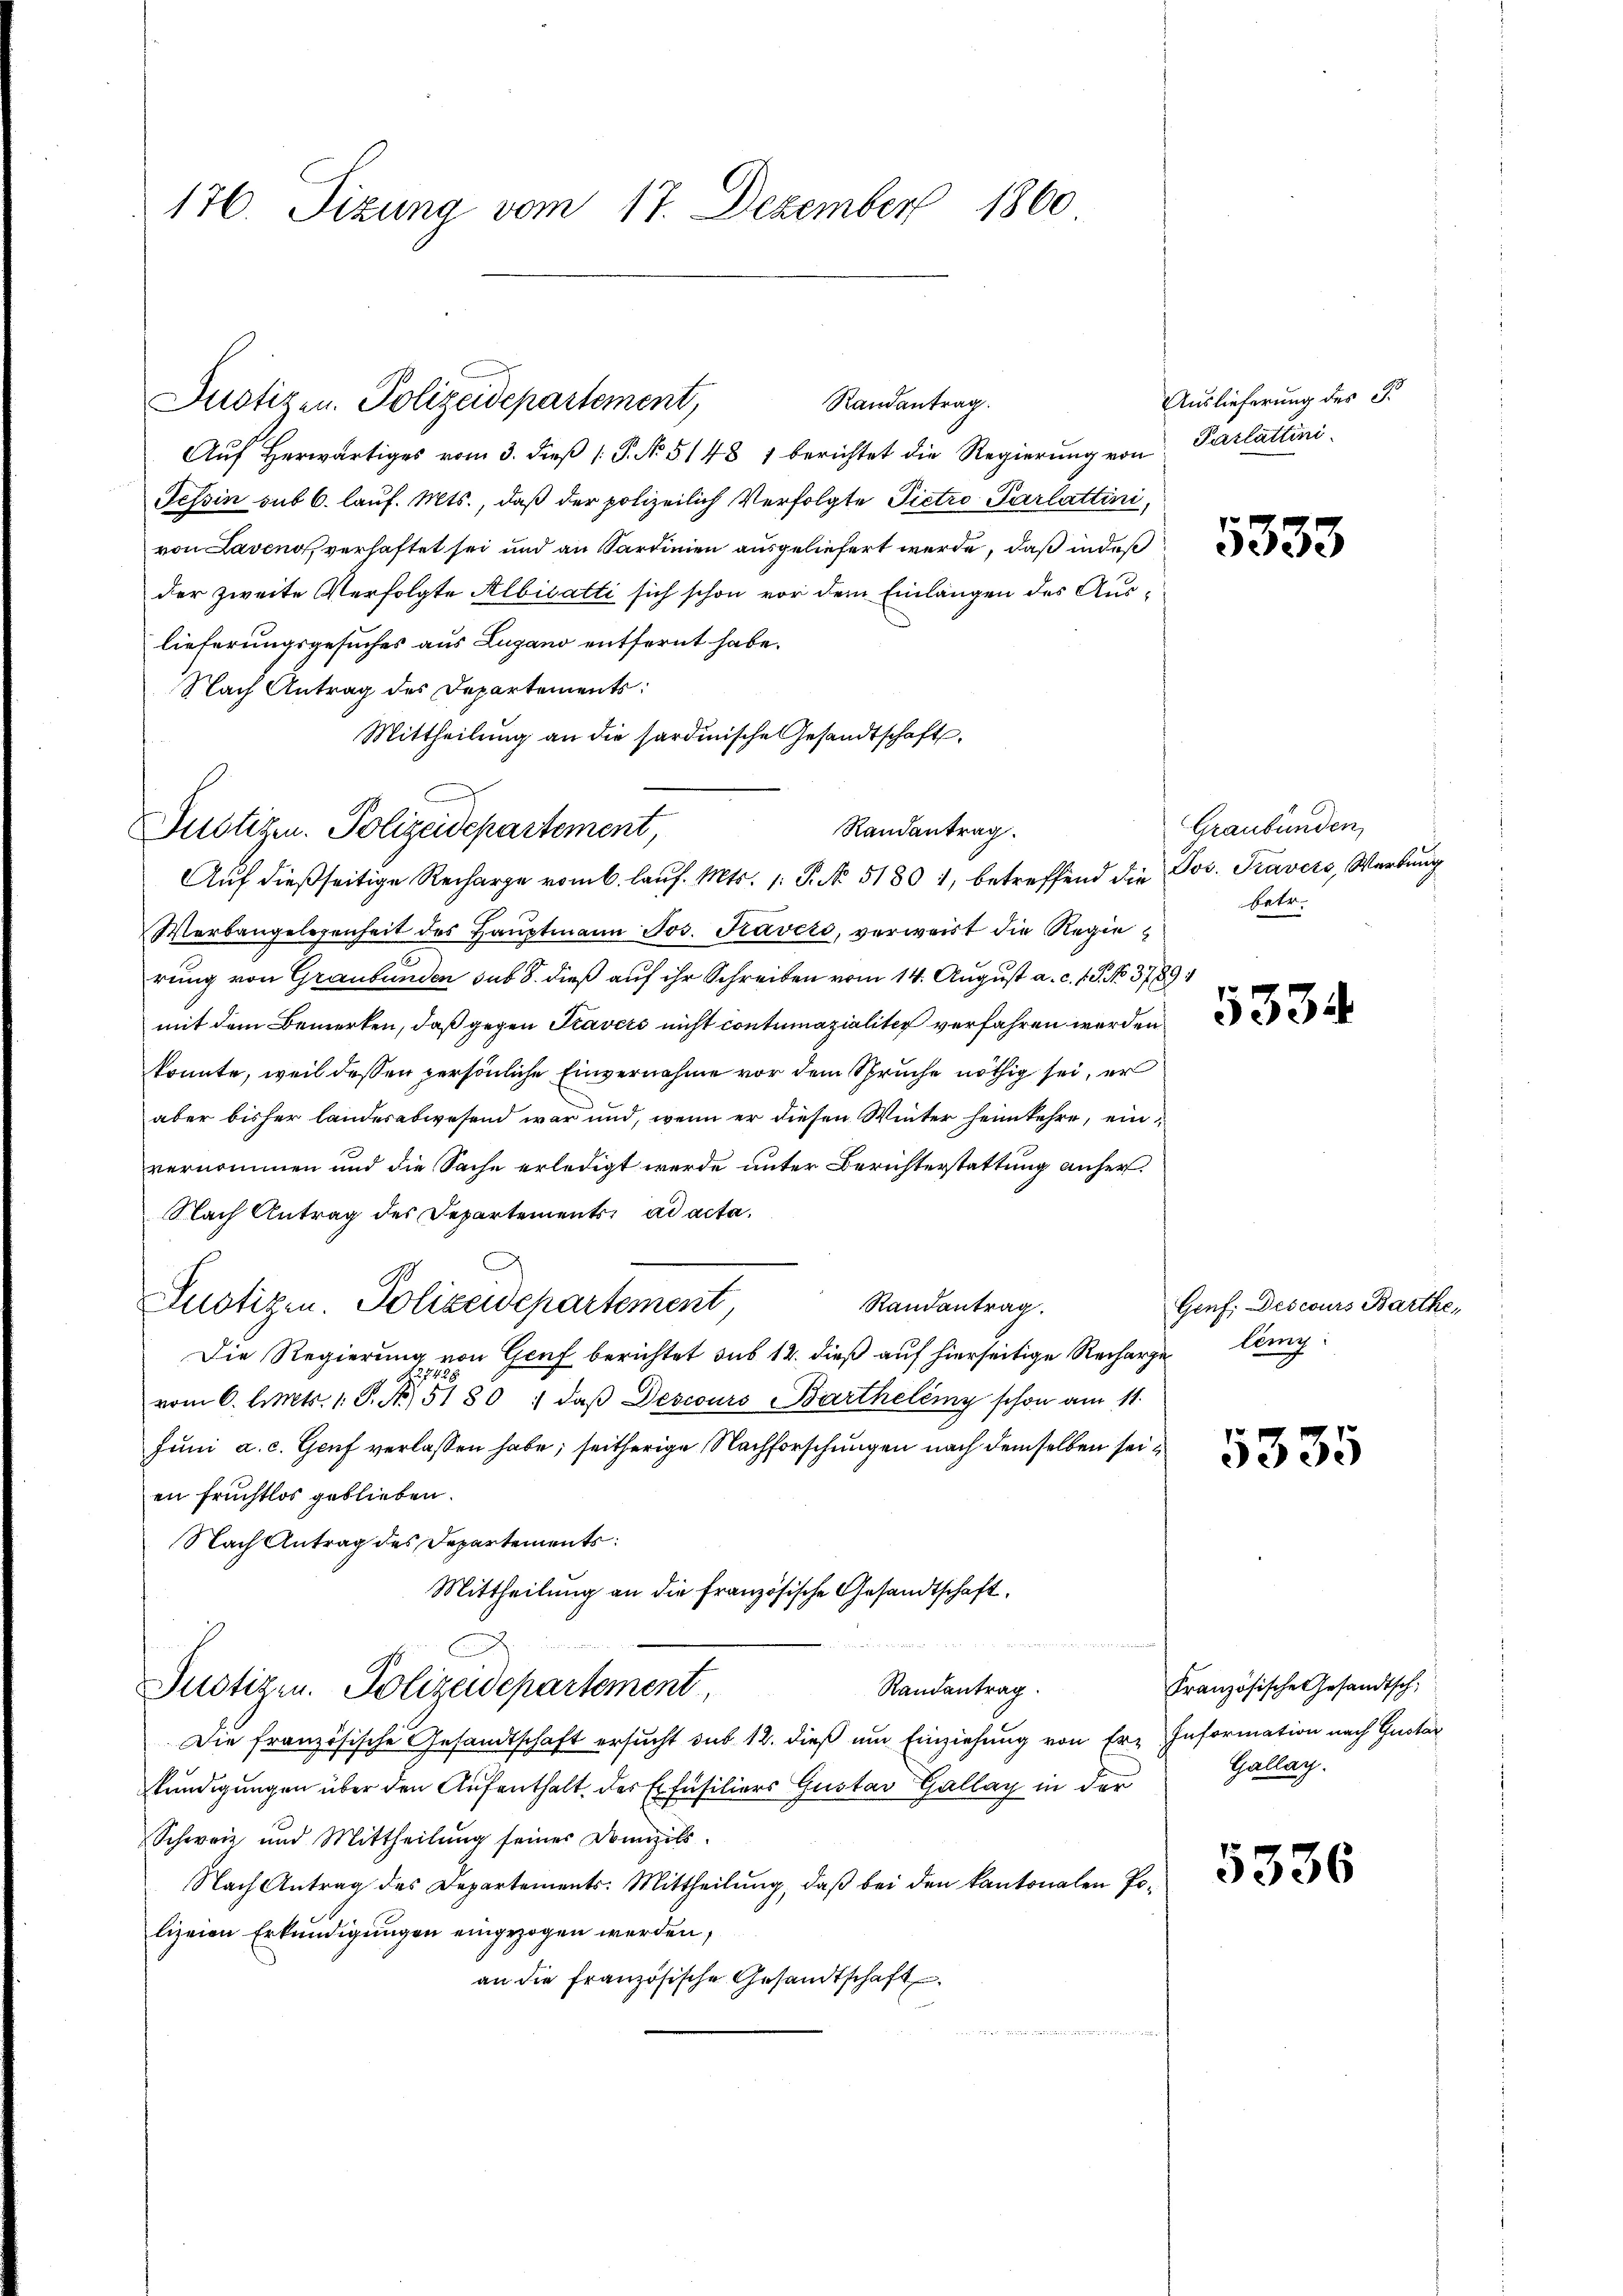
176. Sizung vom 17. Dezember 1860

Randantrag.
Aŭf herwärtiges vom 3. dieβ (: P. No. 5148 1 berichtet die Regierŭng von Parlattini-
Tessin sub 6. lauf. Mts., daß der polizeilich Verfolgte Pietro Parlattini,
von Laveno, verhaftet sei und an Sardinien ausgeliefert werde, daß indeß
der zweite Verfolgte Albisatti sich schon vor dem Einlängen des Auslieferungsgesuches aus Lugano entfernt habe.
Nach Antrag des Departements:
Mittheilung an die sardinische Gesandtschaft
Randantrag.
Aŭf dießseitige Recharge vom 6. laŭf. Mts. 1. P. No 51801, betreffend die Jos. Travers, Werbung
Werbangelegenheit des Haŭptmann Jos. Travero, verweist die Regierung von Graubünden sub 8. dieß auf ihr Schreiben vom 14. August a. c. 1. P. No. 3789.
mit dem Bemerken, daß gegen Stavers nicht contumazialiter verfahren werden.
könnte, weil dessen persönliche Einvernahme vor dem Spruche nöthig sei, er
aber bisher landesabwesend war und, wenn er diesen Winter heimkehre, einvernommen und die Sache erledigt werde unter Berichterstattung anher¬
Nach Antrag des Departements, ad acta.
Justizen Polizeidepartement,
Randantrag.
Die Regierung von Genf berichtet sub 12. dieß auf hierseitige Rechargeleg
1
vom 6. Art. 1. P. Nr. 5180 " daβ Descours Barthelény schon am 11.
Juni a. c. Genf verlassen habe; seitherige Nachforschungen nach demselben sei
en Fruchtlos geblieben.
Nach Antrag des Departements:
Mittheilung an die Französische Gesandtschaft.
s
Randantrag.
Justizen. Polizeidepartement
Die französische Gesandtschaft ersŭcht sub 12. dieβ ŭm Einziehung von Erz Information nach Gustar
kundigungen über den Aufenthalt der Erfüsiliers Gustav Gallay in der
Schweiz und Mittheilung seiner Domizils
Nach Antrag des Departements-Mittheilŭng, daβ bei den kantonalen Po-
lizeien Erkundigungen eingezogen werden,
an die französische Gesandtschaft.

Justizen. Polizeidepartement,

D
Justigen. Polizeidepartement,

Auslieferung des P

5333

Graubünden,
betr.

5334.

Genf. Descours Barthe,

5335

5336

Französische Gesandtsch
Gallag.